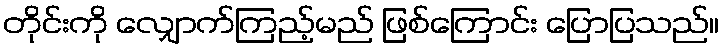
တိုင်းကို လျှောက်ကြည့်မည် ဖြစ်ကြောင်း ပြောပြသည်။